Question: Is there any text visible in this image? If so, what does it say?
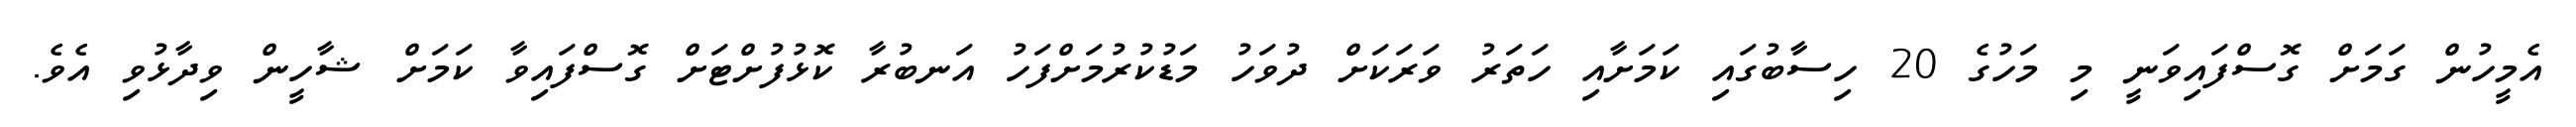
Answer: އެމީހުން ގަމަށް ގޮސްފައިވަނީ މި މަހުގެ 20 ހިސާބުގައި ކަމަށާއި ހަތަރު ވަރަކަށް ދުވަހު މަޑުކުރުމަށްފަހު އަނބުރާ ކޮޅުފުށްޓަށް ގޮސްފައިވާ ކަމަށް ޝާހީން ވިދާޅުވި އެވެ.